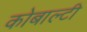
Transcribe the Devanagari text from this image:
कोबाल्टी